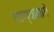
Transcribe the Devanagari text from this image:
घडण्यामागे